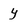
Character: y